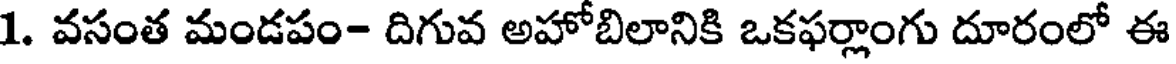
1. వసంత మండపం- దిగువ అహోబిలానికి ఒకఫర్లాంగు దూరంలో ఈ